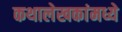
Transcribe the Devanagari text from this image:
कथालेखकांमध्ये